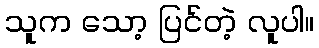
သူက သော့ ပြင်တဲ့ လူပါ။